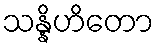
သန္နိဟိတော